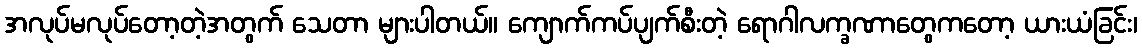
အလုပ်မလုပ်တော့တဲ့အတွက် သေတာ များပါတယ်။ ကျောက်ကပ်ပျက်စီးတဲ့ ရောဂါလက္ခဏာတွေကတော့ ယားယံခြင်း၊